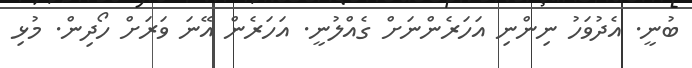
ބުނީ. އެދުވަހު ނިންނި އަހަރެންނަށް ގެއްލުނީ. އަހަރެން އޭނަ ވަރަށް ހޯދިން. މުޅި